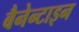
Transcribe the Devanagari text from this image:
बैनेन्टाइन